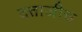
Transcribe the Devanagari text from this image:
दत्ताजीच